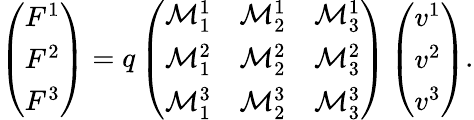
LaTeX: \left(\begin{array}{l}{F^{1}}\\ {F^{2}}\\ {F^{3}}\end{array}\right)=q\left(\begin{array}{lll}{\mathcal{M}^{1}_{1}}&{\mathcal{M}^{1}_{2}}&{\mathcal{M}^{1}_{3}}\\ {\mathcal{M}^{2}_{1}}&{\mathcal{M}^{2}_{2}}&{\mathcal{M}^{2}_{3}}\\ {\mathcal{M}^{3}_{1}}&{\mathcal{M}^{3}_{2}}&{\mathcal{M}^{3}_{3}}\end{array}\right)\left(\begin{array}{l}{v^{1}}\\ {v^{2}}\\ {v^{3}}\end{array}\right).